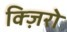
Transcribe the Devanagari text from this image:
क्ज़िरो